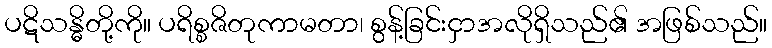
ပဋိသန္ဓိတို့ကို။ ပရိစ္စဇိတုကာမတာ၊ စွန့်ခြင်းငှာအလိုရှိသည်၏ အဖြစ်သည်။